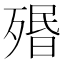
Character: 㱪